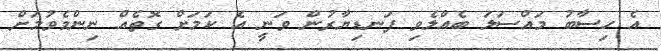
އެ ހިސާބު މައްސަލަ ބެއްލެވި ފަނޑިޔާރުން ވަނީ އެ ކަމަށް ގޮތެއް ނިންމެވުމަށް